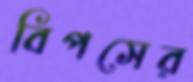
বিপসের